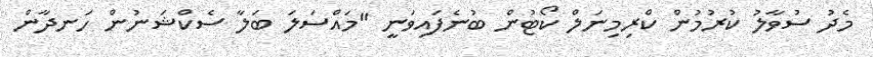
މެދު ސުވާލު ކުރުމުން ކްރިމިނަލް ކޯޓުން ބުނެފައިވަނީ "މައްސަލަ ބަލާ ސެކްޝަނުން ހަނދާން